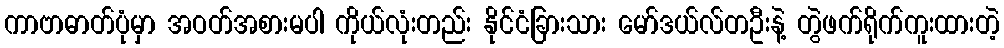
ကာဗာဓာတ်ပုံမှာ အဝတ်အစားမပါ ကိုယ်လုံးတည်း နိုင်ငံခြားသား မော်ဒယ်လ်တဦးနဲ့ တွဲဖက်ရိုက်ကူးထားတဲ့